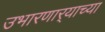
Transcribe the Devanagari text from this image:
उभारणार्‍याच्या